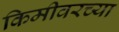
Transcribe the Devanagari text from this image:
किमीवरच्या